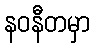
နဝနီတမှာ